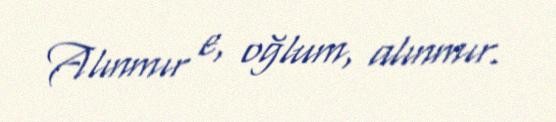
Alınmır e, oğlum, alınmır.